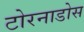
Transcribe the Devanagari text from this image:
टोरनाडोस